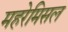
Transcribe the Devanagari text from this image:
महरेमिसल